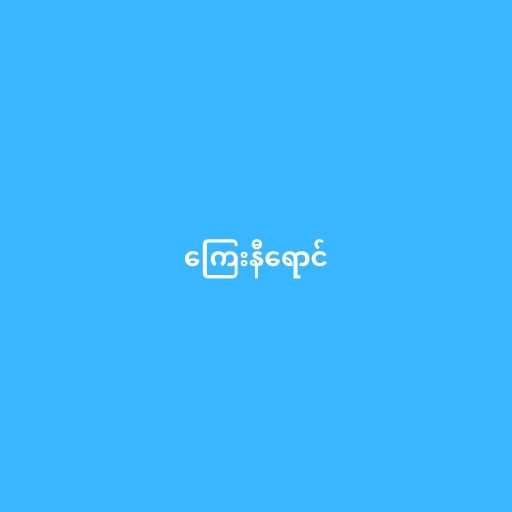
ကြေးနီရောင်